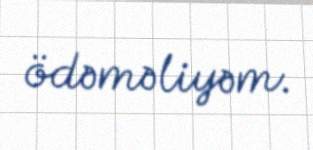
ödəməliyəm.